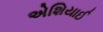
એશિયાઈ